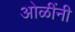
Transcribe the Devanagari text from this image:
ओळींनी